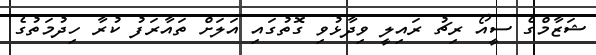
ޝަޒާމްގެ ސީއޯ ރިޗު ރައިލީ ވިދާޅުވި ގޮތުގައި އަލަށް ތައާރަފު ކުރާ ހިދުމަތުގެ